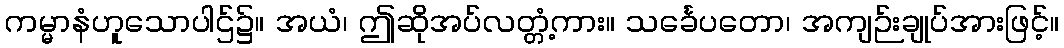
ကမ္မာနံဟူသောပါဌ်၌။ အယံ၊ ဤဆိုအပ်လတ္တံ့ကား။ သင်္ခေပတော၊ အကျဉ်းချုပ်အားဖြင့်။